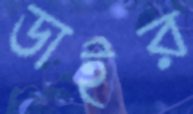
ডাইর